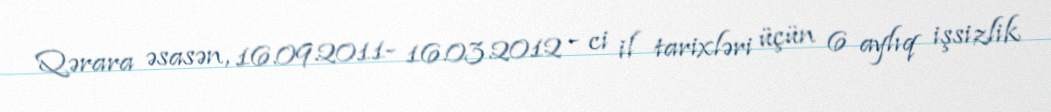
Qərara əsasən, 16.09.2011- 16.03.2012 - ci il tarixləri üçün 6 aylıq işsizlik